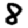
Digit: 8